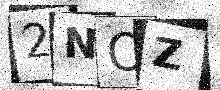
Text: 2NOZ